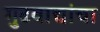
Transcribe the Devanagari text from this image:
गुढवाद्यांचा